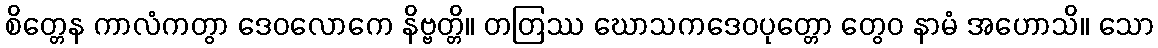
စိတ္တေန ကာလံကတွာ ဒေဝလောကေ နိဗ္ဗတ္တိ။ တတြဿ ဃောသကဒေဝပုတ္တော တွေဝ နာမံ အဟောသိ။ သော